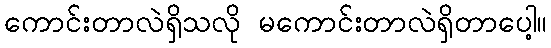
ကောင်းတာလဲရှိသလို မကောင်းတာလဲရှိတာပေါ့။